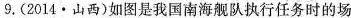
9.(2014·山西)如图是我国南海舰队执行任务时的场